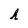
Character: h